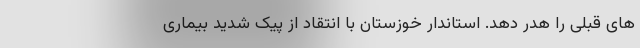
های قبلی را هدر دهد. استاندار خوزستان با انتقاد از پیک شدید بیماری